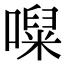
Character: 㘀